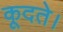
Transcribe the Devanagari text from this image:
कूदते।